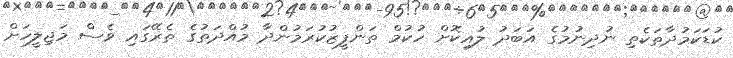
ކުޑަކަމުދާތަކެތި ނުދިނުމުގެ އަބަދު ލުއިކޮށް ހުކުމް ތަންފީޒުކުރަމުންދާ މުއްދަތުގެ ތެރޭގައި ވެސް މަޖިލީހަށް